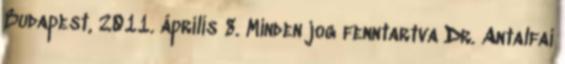
Budapest, 2011. április 8. Minden jog fenntartva Dr. Antalfai